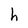
Character: h